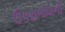
ઉપરાજધાની